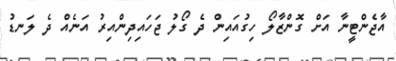
އާޖެންޓީނާ އަށް ގޮންޒާލޯ ހިގުއައިން ދެ ގޯލު ޖަހައިދިންއިރު އަނެއް ދެ ލަނޑު